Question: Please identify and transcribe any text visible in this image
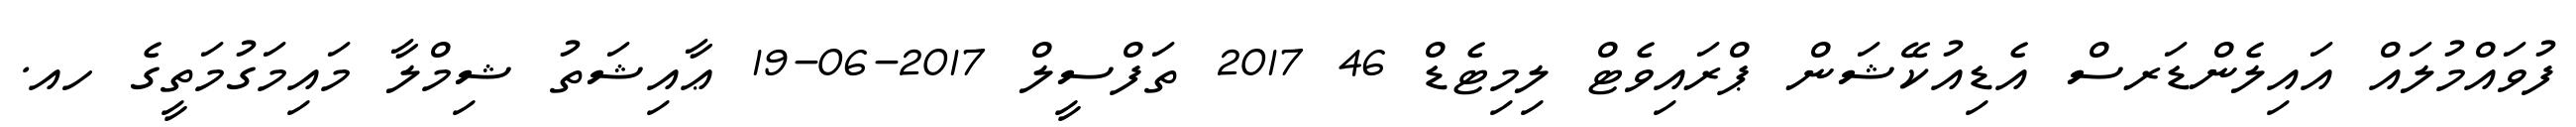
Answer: ފުވައްމުލައް އައިލެންޑަރސް އެޑިއުކޭޝަން ޕްރައިވެޓް ލިމިޓެޑް 46 2017 ތަފްސީލް 2017-06-19 ޢާއިޝަތު ޝިމްލާ މައިމަގުމަތީގެ ހއ.